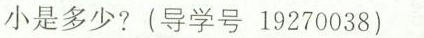
小是多少? (导学号 19270038)